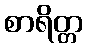
စာရိတ္တ